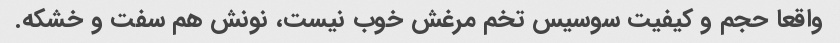
واقعا حجم و کیفیت سوسیس تخم مرغش خوب نیست، نونش هم سفت و خشکه.